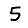
Digit: 5